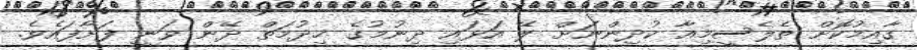
ގާއިމުކޮށް ތެލެސީމިއާ ކުދިންނަށް ލޭ އަޅައި ދިނުމުގެ ޚިދުމަތް ދޭން ވަނީ ފަށާފައެވެ.